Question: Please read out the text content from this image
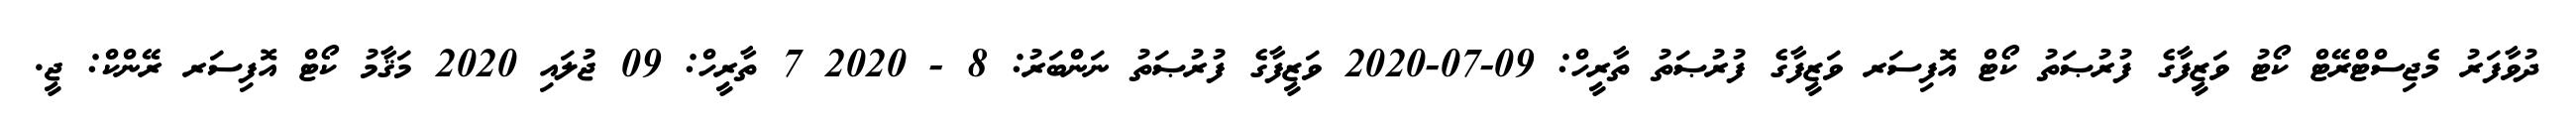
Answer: ދުވާފަރު މެޖިސްޓްރޭޓް ކޯޓު ވަޒީފާގެ ފުރުޞަތު ކޯޓް އޮފިސަރ ވަޒީފާގެ ފުރުޞަތު ތާރީހް: 09-07-2020 ވަޒީފާގެ ފުރުޞަތު ނަންބަރު: 8 - 2020 7 ތާރީހް: 09 ޖުލައި 2020 މަޤާމު ކޯޓް އޮފިސަރ ރޭންކް: ޖީ.